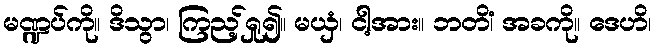
မဏ္ဍပ်ကို။ ဒိသွာ၊ ကြည့်ရှု၍။ မယှံ၊ ငါ့အား။ ဘတိံ၊ အခကို။ ဒေဟိ၊